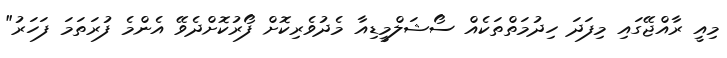
މިއީ ރާއްޖޭގައި މިފަދަ ހިދުމަތްތަކެއް ސޯޝަލްމީޑިއާ މެދުވެރިކޮށް ފޯރުކޮށްދެވޭ އެންމެ ފުރަތަމަ ފަހަރު"